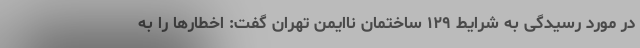
در مورد رسیدگی به شرایط ۱۲۹ ساختمان ناایمن تهران گفت: اخطارها را به